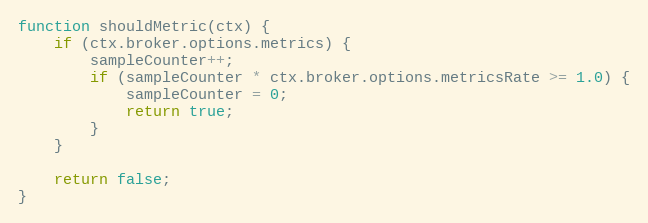
Language: JavaScript
function shouldMetric(ctx) {
	if (ctx.broker.options.metrics) {
		sampleCounter++;
		if (sampleCounter * ctx.broker.options.metricsRate >= 1.0) {
			sampleCounter = 0;
			return true;
		}
	}

	return false;
}